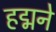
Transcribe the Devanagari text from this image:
हद्मने